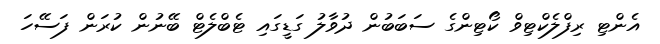
އެންޓި ރިފްލެކްޓިވް ކޯޓިންގެ ސަބަބުން ދުވާލު ގަޑީގައި ޓެބްލެޓް ބޭނުން ކުރަން ފަސޭހަ